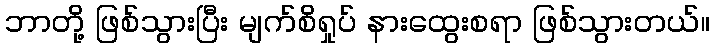
ဘာတို့ ဖြစ်သွားပြီး မျက်စိရှုပ် နားထွေးစရာ ဖြစ်သွားတယ်။